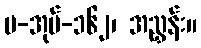
ပ-အုပ်-၁၆၂၊ အညွှန်း။